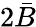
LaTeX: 2{\bar{B}}